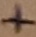
Text: +